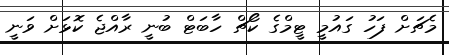
މެޗަށް ފަހު ގައުމީ ޓީމްގެ ކޯޗް ހާބަޓް ބުނީ ރާއްޖެ ކޮޅަށް ވަނީ